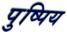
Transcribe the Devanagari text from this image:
पुष्पिय